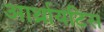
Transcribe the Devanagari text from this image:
आर्थ्रायटिस